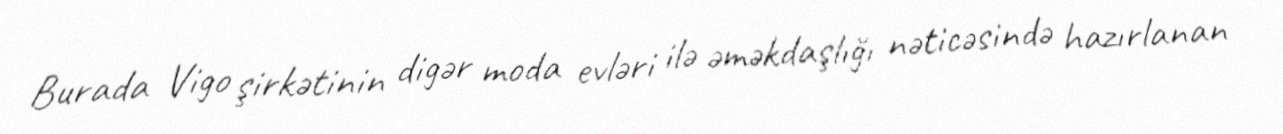
Burada Vigo şirkətinin digər moda evləri ilə əməkdaşlığı nəticəsində hazırlanan